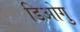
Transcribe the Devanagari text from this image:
डिओगु